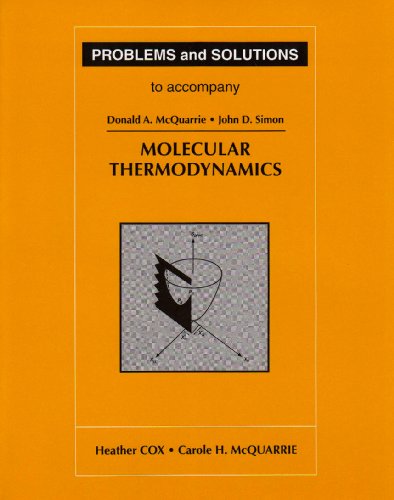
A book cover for Problems and Solutions to Accompany Molecular Thermodynamics; Heather Cox; Science & Math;